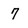
Character: 7